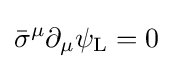
{\bar {\sigma }}^{\mu }\partial _{\mu }\psi _{\rm {L}}=0~